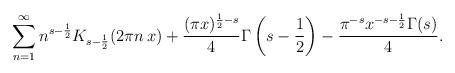
LaTeX: \begin{align*}\sum_{n=1}^{\infty}n^{s-\frac{1}{2}}K_{s-\frac{1}{2}}(2\pi n\,x)+\frac{(\pi x)^{\frac{1}{2}-s}}{4}\Gamma\left(s-\frac{1}{2}\right)-\frac{\pi^{-s}x^{-s-\frac{1}{2}}\Gamma(s)}{4}.\end{align*}